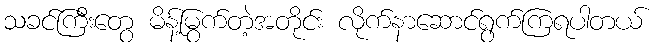
သခင်ကြီးတွေ မိန့်မြွက်တဲ့အတိုင်း လိုက်နာဆောင်ရွက်ကြရပါတယ်